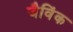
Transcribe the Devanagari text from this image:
जैविंक